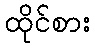
ထိုင်စား